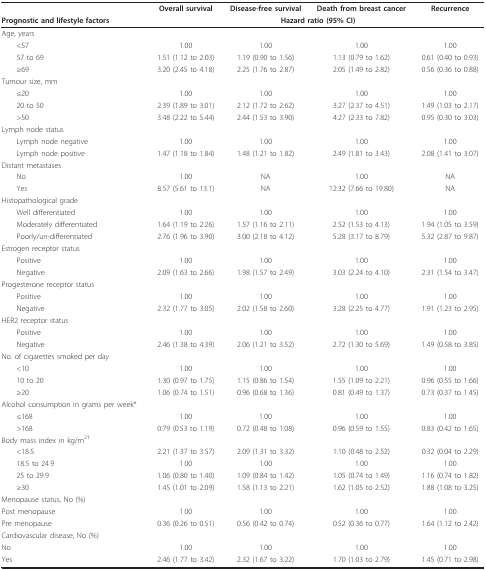
<table><thead><tr><td></td><td><b>Overall survival</b></td><td><b>Disease-free survival</b></td><td><b>Death from breast cancer</b></td><td><b>Recurrence</b></td></tr><tr><td><b>Prognostic and lifestyle factors</b></td><td colspan="4"><b>Hazard ratio (95% CI)</b></td></tr></thead><tbody><tr><td>Age, years</td><td></td><td></td><td></td><td></td></tr><tr><td> &lt;57</td><td>1.00</td><td>1.00</td><td>1.00</td><td>1.00</td></tr><tr><td> 57 to 69</td><td>1.51 (1.12 to 2.03)</td><td>1.19 (0.90 to 1.56)</td><td>1.13 (0.79 to 1.62)</td><td>0.61 (0.40 to 0.93)</td></tr><tr><td> ≥69</td><td>3.20 (2.45 to 4.18)</td><td>2.25 (1.76 to 2.87)</td><td>2.05 (1.49 to 2.82)</td><td>0.56 (0.36 to 0.88)</td></tr><tr><td>Tumour size, mm</td><td></td><td></td><td></td><td></td></tr><tr><td> ≤20</td><td>1.00</td><td>1.00</td><td>1.00</td><td>1.00</td></tr><tr><td> 20 to 50</td><td>2.39 (1.89 to 3.01)</td><td>2.12 (1.72 to 2.62)</td><td>3.27 (2.37 to 4.51)</td><td>1.49 (1.03 to 2.17)</td></tr><tr><td> &gt;50</td><td>3.48 (2.22 to 5.44)</td><td>2.44 (1.53 to 3.90)</td><td>4.27 (2.33 to 7.82)</td><td>0.95 (0.30 to 3.03)</td></tr><tr><td>Lymph node status</td><td></td><td></td><td></td><td></td></tr><tr><td> Lymph node negative</td><td>1.00</td><td>1.00</td><td>1.00</td><td>1.00</td></tr><tr><td> Lymph node positive</td><td>1.47 (1.18 to 1.84)</td><td>1.48 (1.21 to 1.82)</td><td>2.49 (1.81 to 3.43)</td><td>2.08 (1.41 to 3.07)</td></tr><tr><td>Distant metastases</td><td></td><td></td><td></td><td></td></tr><tr><td> No</td><td>1.00</td><td>NA</td><td>1.00</td><td>NA</td></tr><tr><td> Yes</td><td>8.57 (5.61 to 13.1)</td><td>NA</td><td>12.32 (7.66 to 19.80)</td><td>NA</td></tr><tr><td>Histopathological grade</td><td></td><td></td><td></td><td></td></tr><tr><td> Well differentiated</td><td>1.00</td><td>1.00</td><td>1.00</td><td>1.00</td></tr><tr><td> Moderately differentiated</td><td>1.64 (1.19 to 2.26)</td><td>1.57 (1.16 to 2.11)</td><td>2.52 (1.53 to 4.13)</td><td>1.94 (1.05 to 3.59)</td></tr><tr><td> Poorly/un-differentiated</td><td>2.76 (1.96 to 3.90)</td><td>3.00 (2.18 to 4.12)</td><td>5.28 (3.17 to 8.79)</td><td>5.32 (2.87 to 9.87)</td></tr><tr><td>Estrogen receptor status</td><td></td><td></td><td></td><td></td></tr><tr><td> Positive</td><td>1.00</td><td>1.00</td><td>1.00</td><td>1.00</td></tr><tr><td> Negative</td><td>2.09 (1.63 to 2.66)</td><td>1.98 (1.57 to 2.49)</td><td>3.03 (2.24 to 4.10)</td><td>2.31 (1.54 to 3.47)</td></tr><tr><td>Progesterone receptor status</td><td></td><td></td><td></td><td></td></tr><tr><td> Positive</td><td>1.00</td><td>1.00</td><td>1.00</td><td>1.00</td></tr><tr><td> Negative</td><td>2.32 (1.77 to 3.05)</td><td>2.02 (1.58 to 2.60)</td><td>3.28 (2.25 to 4.77)</td><td>1.91 (1.23 to 2.95)</td></tr><tr><td>HER2 receptor status</td><td></td><td></td><td></td><td></td></tr><tr><td> Positive</td><td>1.00</td><td>1.00</td><td>1.00</td><td>1.00</td></tr><tr><td> Negative</td><td>2.46 (1.38 to 4.39)</td><td>2.06 (1.21 to 3.52)</td><td>2.72 (1.30 to 5.69)</td><td>1.49 (0.58 to 3.85)</td></tr><tr><td>No. of cigarettes smoked per day</td><td></td><td></td><td></td><td></td></tr><tr><td> &lt;10</td><td>1.00</td><td>1.00</td><td>1.00</td><td>1.00</td></tr><tr><td> 10 to 20</td><td>1.30 (0.97 to 1.75)</td><td>1.15 (0.86 to 1.54)</td><td>1.55 (1.09 to 2.21)</td><td>0.96 (0.55 to 1.66)</td></tr><tr><td> ≥20</td><td>1.06 (0.74 to 1.51)</td><td>0.96 (0.68 to 1.36)</td><td>0.81 (0.49 to 1.37)</td><td>0.73 (0.37 to 1.45)</td></tr><tr><td>Alcohol consumption in grams per week*</td><td></td><td></td><td></td><td></td></tr><tr><td> ≤168</td><td>1.00</td><td>1.00</td><td>1.00</td><td>1.00</td></tr><tr><td> &gt;168</td><td>0.79 (0.53 to 1.19)</td><td>0.72 (0.48 to 1.08)</td><td>0.96 (0.59 to 1.55)</td><td>0.83 (0.42 to 1.65)</td></tr><tr><td>Body mass index in kg/m<sup>2†</sup></td><td></td><td></td><td></td><td></td></tr><tr><td> &lt;18.5</td><td>2.21 (1.37 to 3.57)</td><td>2.09 (1.31 to 3.32)</td><td>1.10 (0.48 to 2.52)</td><td>0.32 (0.04 to 2.29)</td></tr><tr><td> 18.5 to 24.9</td><td>1.00</td><td>1.00</td><td>1.00</td><td>1.00</td></tr><tr><td> 25 to 29.9</td><td>1.06 (0.80 to 1.40)</td><td>1.09 (0.84 to 1.42)</td><td>1.05 (0.74 to 1.49)</td><td>1.16 (0.74 to 1.82)</td></tr><tr><td> ≥30</td><td>1.45 (1.01 to 2.09)</td><td>1.58 (1.13 to 2.21)</td><td>1.62 (1.05 to 2.52)</td><td>1.88 (1.08 to 3.25)</td></tr><tr><td>Menopause status, No (%)</td><td></td><td></td><td></td><td></td></tr><tr><td>Post menopause</td><td>1.00</td><td>1.00</td><td>1.00</td><td>1.00</td></tr><tr><td>Pre menopause</td><td>0.36 (0.26 to 0.51)</td><td>0.56 (0.42 to 0.74)</td><td>0.52 (0.36 to 0.77)</td><td>1.64 (1.12 to 2.42)</td></tr><tr><td>Cardiovascular disease, No (%)</td><td></td><td></td><td></td><td></td></tr><tr><td>No</td><td>1.00</td><td>1.00</td><td>1.00</td><td>1.00</td></tr><tr><td>Yes</td><td>2.46 (1.77 to 3.42)</td><td>2.32 (1.67 to 3.22)</td><td>1.70 (1.03 to 2.79)</td><td>1.45 (0.71 to 2.98)</td></tr></tbody></table>